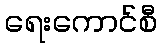
ရေးကောင်စီ